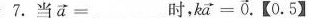
7.当$$\overrightarrow { a } = ___$$ 时， $$k \overrightarrow { a } = \overrightarrow { 0 }$$ ,【0.5】